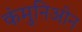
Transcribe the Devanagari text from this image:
कंमुनिओन